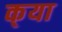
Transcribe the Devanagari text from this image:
क्‌या